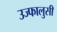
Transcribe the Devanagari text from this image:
उज्फालुसी